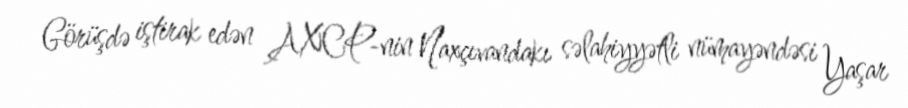
Görüşdə iştirak edən AXCP-nin Naxçıvandakı səlahiyyətli nümayəndəsi Yaşar